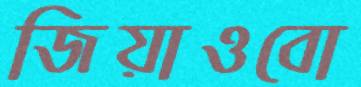
জিয়াওবো